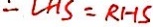
\therefore L H S = R H S